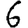
Digit: 6